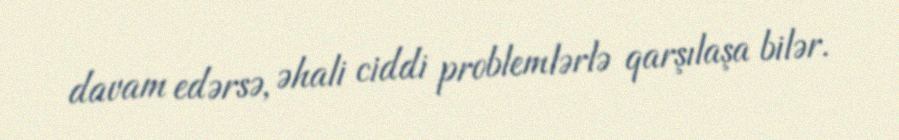
davam edərsə, əhali ciddi problemlərlə qarşılaşa bilər.